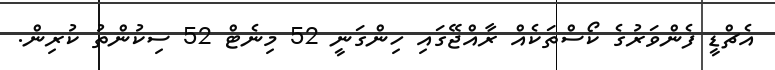
އެޗްޑީ ފެންވަރުގެ ކޯސްތަކެއް ރާއްޖޭގައި ހިންގަނީ 52 މިނެޓް 52 ސިކުންތު ކުރިން.